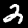
Label: 2